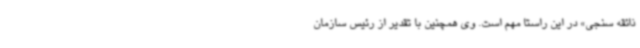
ذائقه سنجی» در این راستا مهم است. وی همچنین با تقدیر از رئیس سازمان